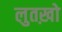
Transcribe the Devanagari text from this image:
लुतख़ो